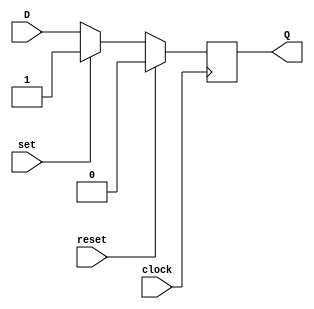
module d_flip_flop (
    input wire D,
    input wire clock,
    input wire reset,
    input wire set,
    output reg Q
);

always @(posedge clock) begin
    if (reset == 1'b1) begin
        Q <= 1'b0;
    end else if (set == 1'b1) begin
        Q <= 1'b1;
    end else begin
        Q <= D;
    end
end

endmodule